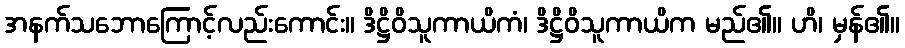
အနက်သဘောကြောင့်လည်းကောင်း။ ဒိဋ္ဌိဝိသူကာယိကံ၊ ဒိဋ္ဌိဝိသူကာယိက မည်၏။ ဟိ၊ မှန်၏။